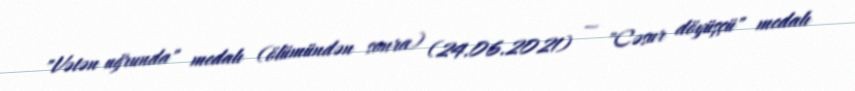
"Vətən uğrunda" medalı (ölümündən sonra) (24.06.2021) — "Cəsur döyüşçü" medalı